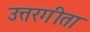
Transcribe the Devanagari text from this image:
उत्तरगीता